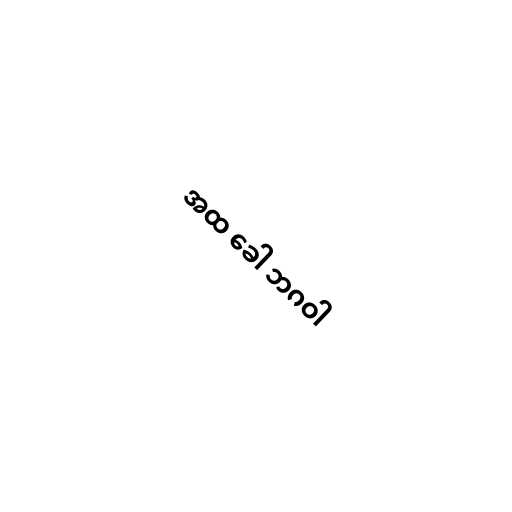
အထ ခေါ ဘဂဝါ